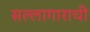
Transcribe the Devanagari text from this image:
सल्लागाराची